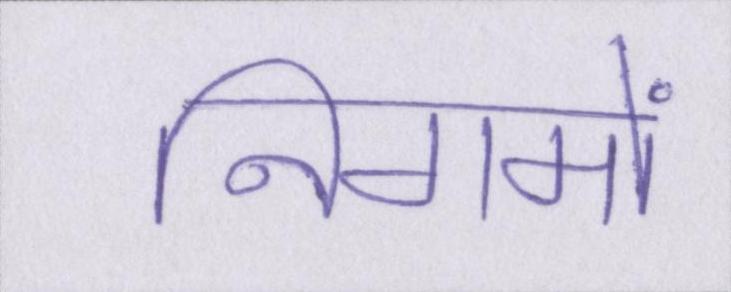
निगमों